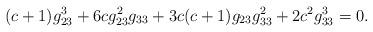
LaTeX: \begin{align*} (c+1)g_{23}^3 + 6cg_{23}^2g_{33} + 3c(c+1)g_{23}g_{33}^2 + 2c^2g_{33}^3 = 0.\end{align*}